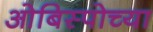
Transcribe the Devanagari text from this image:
ओबिस्पोच्या